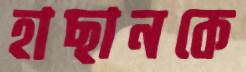
হাছানকে